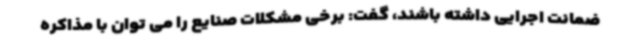
ضمانت اجرایی داشته باشند، گفت: برخی مشکلات صنایع را می توان با مذاکره